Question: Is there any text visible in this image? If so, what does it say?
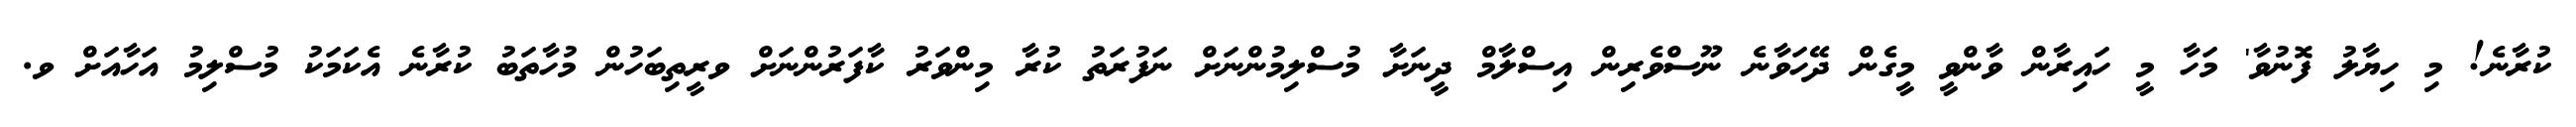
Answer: ކުރާނެ! މި ހިޔާލު ފޮނުވާ' މަހާ މީ ހައިރާން ވާންވީ މީގެން ދޭހަވާނެ ނޫސްވެރިން އިސްލާމް ދީނަށާ މުސްލިމުންނަށް ނަފުރަތު ކުރާ މިންވަރު ކާފަރުންނަށް ވރީތިބަހުން މުހާތަބު ކުރާނެ އެކަމަކު މުސްލިމު އަހާއަށް ވ.